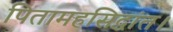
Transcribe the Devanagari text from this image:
पितामहसिद्धांत।